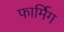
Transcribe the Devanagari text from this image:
फार्मिग